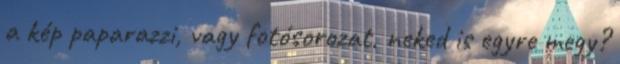
a kép paparazzi, vagy fotósorozat, neked is egyre megy?